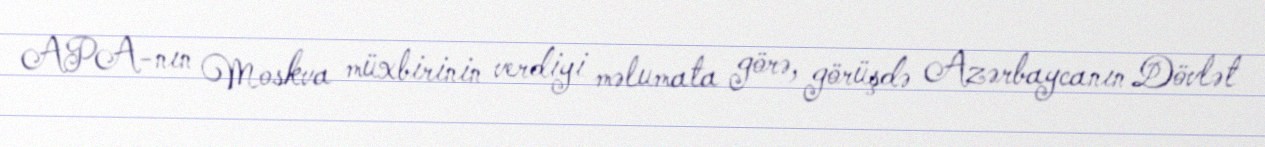
APA-nın Moskva müxbirinin verdiyi məlumata görə, görüşdə Azərbaycanın Dövlət